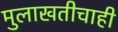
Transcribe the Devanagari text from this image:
मुलाखतीचाही